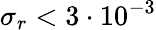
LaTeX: \sigma_{r}<3\cdot 10^{-3}